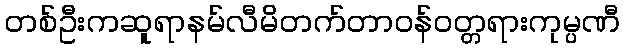
တစ်ဦးကဆူရာနမ်လီမိတက်တာဝန်ဝတ္တရားကုမ္ပဏီ